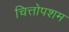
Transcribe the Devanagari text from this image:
चित्तोपशम